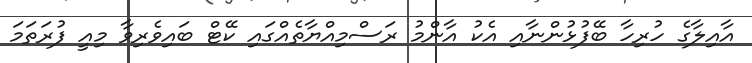
އާއިލާގެ ހުރިހާ ބޭފުޅުންނާއި އެކު އާންމު ރަސްމިއްޔާތެއްގައި ކޭޓް ބައިވެރިވާ މިއީ ފުރަތަމަ